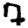
Digit: 7